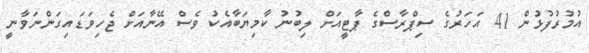
އުމުރުފުޅުން 41 އަހަރުގެ ސިޕްރާސްގެ ޕާޓީއަށް ލިބުނު ކާމިޔަބާއެކު ވެސް އޭނާއަށް ޖެހިވަޑައިގަންނަވާނީ